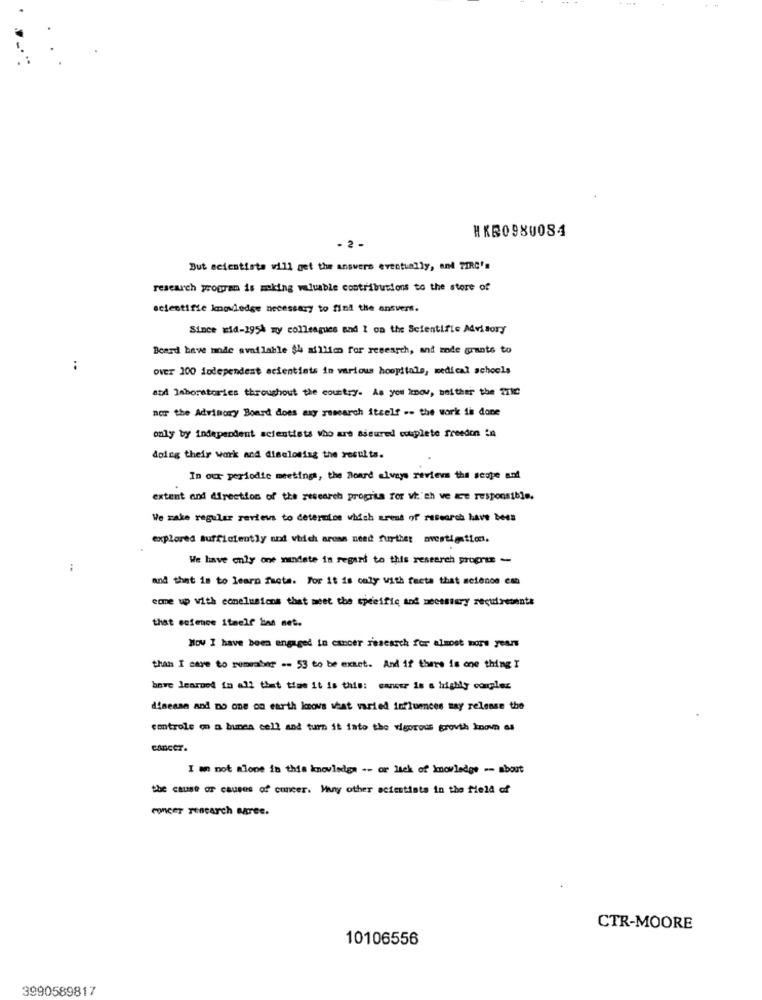
HKB0980084
- 2 -
But scientists will get the answers eventually, and TIRC's
research program is making valuable contributions to the store of
scientific knowledge necessary to find the ensvers.
Since wid-1954 my colleagues and I on the Scientific Advisory
Beard have made available $4 million for research, and mode grants to
..
over 100 independent scientists in various hoopitals, medical schools
std laboratories throughout the country. As you know, neither the Tic
nor the Advisory Board does my research itself .. the work in done
only by independent scientists who are assured couplete freedon in
doing their work and disclosing the results.
In our periodic meetings, the Board always reviews the scope and
extent and direction of the research progrius for which ve are responsible.
We make regular reviews to determine which srest of research have been
explored sufficiently ord which areas need further avestimation.
We have only one mandate in regard to this research program -
:
and that is to learn facta. For it is only with facta that science ean
come up with conclusions that meet the specific and necessary requirements
that sofence itself bas net.
How I have been engaged in cancer research for almost more years
than I care to summabir -- 53 to be exact. And if there is one thing I
bove learned in all that time it is this: career is a highly congles
disease and no one on earth knows what varied influences may release the
controle on a bunea cell and turn it into the vigorous growth known as
CADCET.
I am not alone in this knowledge -- or lek of knowledge -- about
the cause of causes of concer. Many other scientists in the field of
concer rescarch Baree.
CTR-MOORE
10106556
3990589817